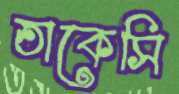
তাকেসি